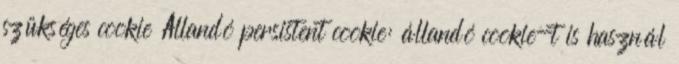
szükséges cookie Állandó persistent cookie: állandó cookie-t is használ